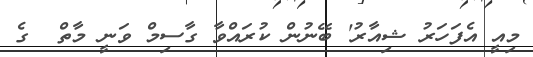
މިއީ އެފަހަރު ޝިއާރު' ބޭނުން ކުރައްވާ ގާސިމް ވަނީ މާތް  ގެ